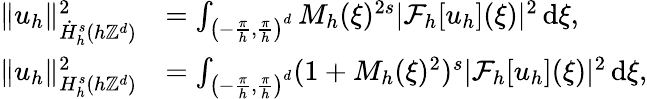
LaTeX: \begin{array}{rl}{\| u_{h}\| _{\dot{H}_{h}^{s}(h\mathbb{Z}^{d})}^{2}}&{=\int_{\left(-\frac{\pi}{h},\frac{\pi}{h}\right)^{d}}M_{h}(\xi)^{2s}|\mathcal{F}_{h}[u_{h}](\xi)|^{2}\, \mathrm{d}\xi,}\\ {\| u_{h}\| _{H_{h}^{s}(h\mathbb{Z}^{d})}^{2}}&{=\int_{\left(-\frac{\pi}{h},\frac{\pi}{h}\right)^{d}}(1+M_{h}(\xi)^{2})^{s}|\mathcal{F}_{h}[u_{h}](\xi)|^{2}\, \mathrm{d}\xi,}\end{array}